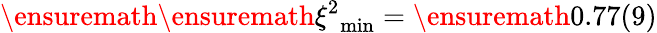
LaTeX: \ensuremath{\ensuremath{\xi^{2}}_{\mathrm{min}}}=\ensuremath{0.77(9)}